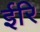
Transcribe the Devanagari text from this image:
ईरि